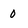
Character: 0